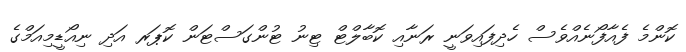
ކޮންމެ ފެއާފޯނެއްވެސް ހެދިފައިވަނީ ރަނާއި ކޮބާލްޓް ޓިނު ޓުންގަސްޓަން ކޮޕަރ އަދި ނިއޯޑީމިއަމްގެ